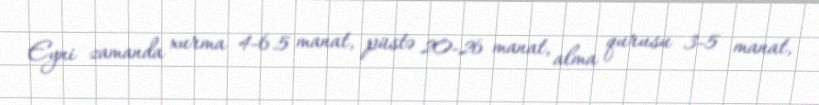
Eyni zamanda xurma 4-6.5 manat, püstə 20-26 manat, alma qurusu 3-5 manat,